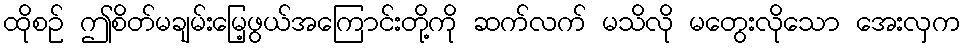
ထိုစဉ် ဤစိတ်မချမ်းမြေ့ဖွယ်အကြောင်းတို့ကို ဆက်လက် မသိလို မတွေးလိုသော အေးလှက